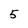
Character: 5